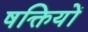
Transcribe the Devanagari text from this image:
षक्तियों